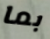
بما